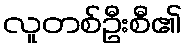
လူတစ်ဦးစီ၏